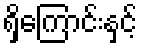
ရှိကြောင်းနှင့်